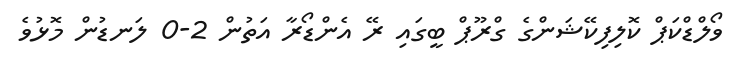
ވޯލްޑްކަޕް ކޮލިފިކޭޝަންގެ ގްރޫޕް ބީގައި ރޭ އެންޑޯރާ އަތުން 2-0 ލަނޑުން މޮޅުވެ